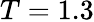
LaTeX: T=1.3